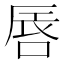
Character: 𠵧